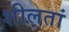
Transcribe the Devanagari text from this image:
शीलतां